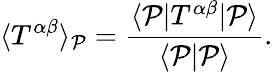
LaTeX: \langle T^{\alpha\beta}\rangle_{{\mathcal{P}}}=\frac{\langle{\mathcal{P}}|T^{\alpha\beta}|{\mathcal{P}}\rangle}{\langle{\mathcal{P}}|{\mathcal{P}}\rangle}.